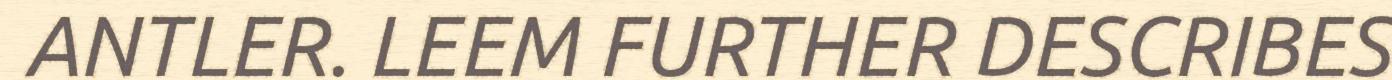
ANTLER. LEEM FURTHER DESCRIBES